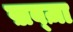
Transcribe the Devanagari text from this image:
ख़ब्ज़ा